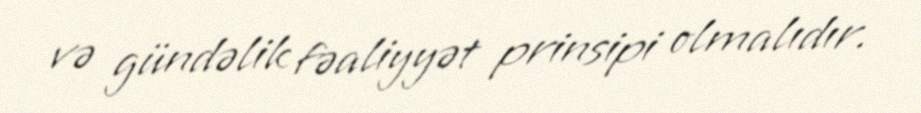
və gündəlik fəaliyyət prinsipi olmalıdır.